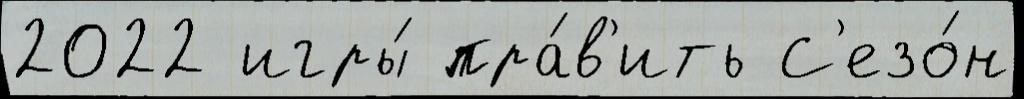
2022 игры́ пра́в'ить С'езо́н